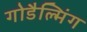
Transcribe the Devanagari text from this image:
गोडैल्मिंग